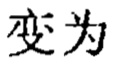
变为